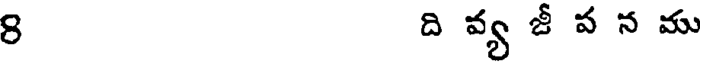
8 ది వ్య జీ ప న ము